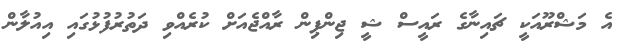
އެ މަޝްރޫއަކީ ޗައިނާގެ ރައީސް ޝީ ޖިންޕިން ރާއްޖެއަށް ކުރެއްވި ދަތުރުފުޅުގައި އިއުލާން